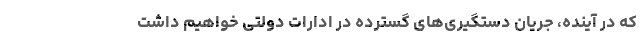
که در آینده، جریان دستگیری‌های گسترده در ادارات دولتی خواهیم داشت